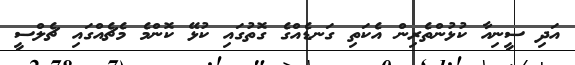
އަދި ސީނިއާ ކުޅުންތެރިން އެކަތި ގަނޑެއްގެ ގޮތުގައި ކުޅޭ ކޮންމެ މެޗެއްގައި ޗެލްސީ